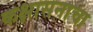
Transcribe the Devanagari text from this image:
कक्षासनाचा